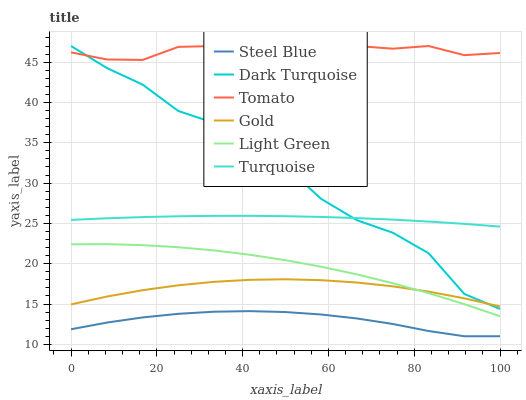
| xaxis_label | Steel Blue | Dark Turquoise | Tomato | Gold | Light Green | Turquoise |
 | --- | --- | --- | --- | --- | --- | --- |
 | 0 | 11.9 | 47 | 46.2 | 15 | 22.4 | 25.4 |
 | 8.33 | 12.7 | 44.3 | 45.3 | 15.9 | 22.4 | 25.6 |
 | 16.7 | 13.3 | 42.2 | 45.3 | 16.7 | 22.3 | 25.8 |
 | 25 | 13.8 | 38.9 | 46.9 | 17.3 | 22 | 25.9 |
 | 33.3 | 14 | 37.5 | 47 | 17.7 | 21.6 | 25.9 |
 | 41.7 | 14.1 | 34.9 | 45 | 18 | 21.1 | 25.9 |
 | 50 | 14 | 32.1 | 46 | 18.1 | 20.4 | 25.9 |
 | 58.3 | 13.7 | 28 | 46.6 | 18 | 19.6 | 25.8 |
 | 66.7 | 13.2 | 25.4 | 47 | 17.7 | 18.7 | 25.7 |
 | 75 | 12.5 | 23.8 | 46.7 | 17.2 | 17.6 | 25.5 |
 | 83.3 | 11.7 | 21.3 | 47 | 16.5 | 16.4 | 25.2 |
 | 91.7 | 11 | 16.2 | 45.9 | 15.7 | 15 | 24.9 |
 | 100 | 11 | 14.4 | 46.1 | 14.7 | 13.5 | 24.6 |